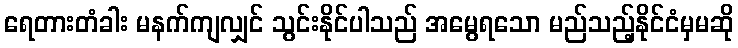
ရေတားတံခါး မနက်ကျလျှင် သွင်းနိုင်ပါသည် အမွေရသော မည်သည့်နိုင်ငံမှမဆို